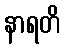
နာရတိ